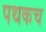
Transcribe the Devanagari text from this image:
पथकच